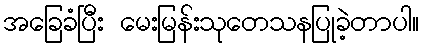
အခြေခံပြီး မေးမြန်းသုတေသနပြုခဲ့တာပါ။